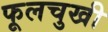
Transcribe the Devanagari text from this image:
फूलचुखी